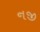
નજી